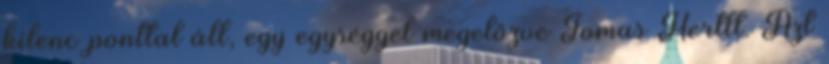
kilenc ponttal áll, egy egységgel megelőzve Tomas Hertlt. Azt